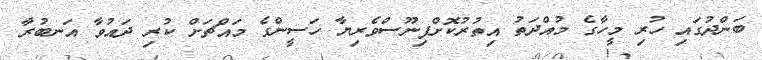
ބަންދުގައި ހުރި މީހާގެ މުއްދަތު އިތުރުކޮށްފިނޫސްވެރިޔާ ހަސީންގެ މައްޗަށް ކުރި ދައުވާ އަނބުރާ